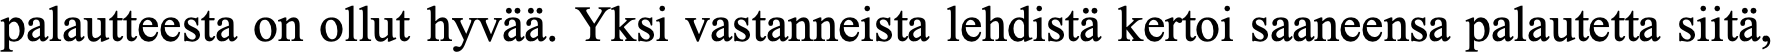
palautteesta on ollut hyvää. Yksi vastanneista lehdistä kertoi saaneensa palautetta siitä,